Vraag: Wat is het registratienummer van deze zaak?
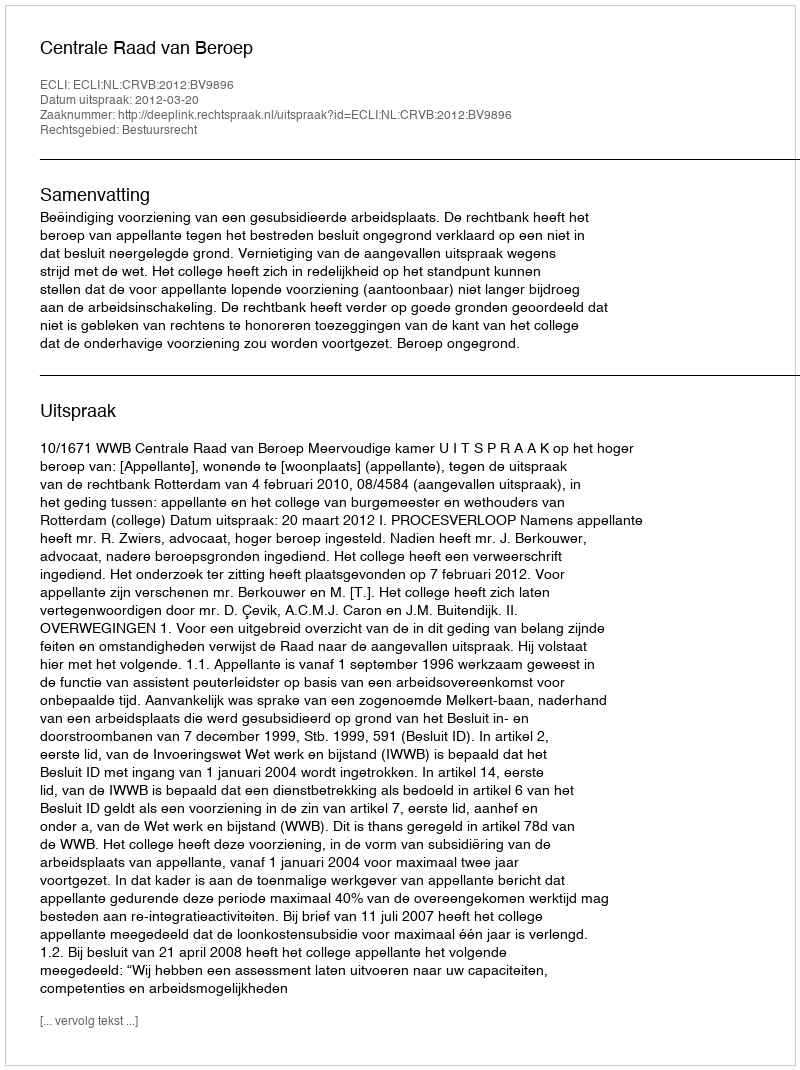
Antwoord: http://deeplink.rechtspraak.nl/uitspraak?id=ECLI:NL:CRVB:2012:BV9896